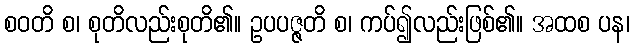
စဝတိ စ၊ စုတိလည်းစုတိ၏။ ဥပပဇ္ဇတိ စ၊ ကပ်၍လည်းဖြစ်၏။ အထစ ပန၊